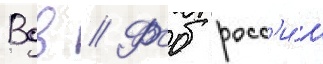
Вдв // Фсб росс'и́и